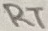
Text: RT